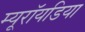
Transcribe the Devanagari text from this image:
म्यूरॉयडिया